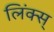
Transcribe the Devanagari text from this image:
लिंक्स्